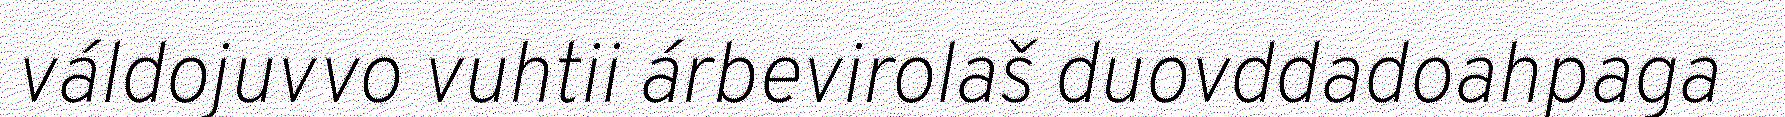
váldojuvvo vuhtii árbevirolaš duovddadoahpaga